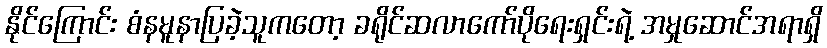
နိုင်ကြောင်း စံနမူနာပြခဲ့သူကတော့ ခရိုင်ဆလာကော်ပိုရေးရှင်းရဲ့ အမှုဆောင်အရာရှိ